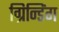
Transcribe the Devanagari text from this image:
ग्रिन्डिंग